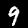
Digit: 9